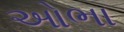
ઓભા